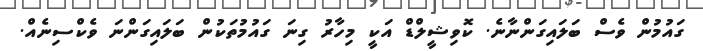
ގައުމުން ވެސް ބަލައިގަންނާނެ. ކޮވިޝީލްޑް އަކީ މިހާރު ގިނަ ގައުމުތަކުން ބަލައިގަންނަ ވެކްސިނެއް.